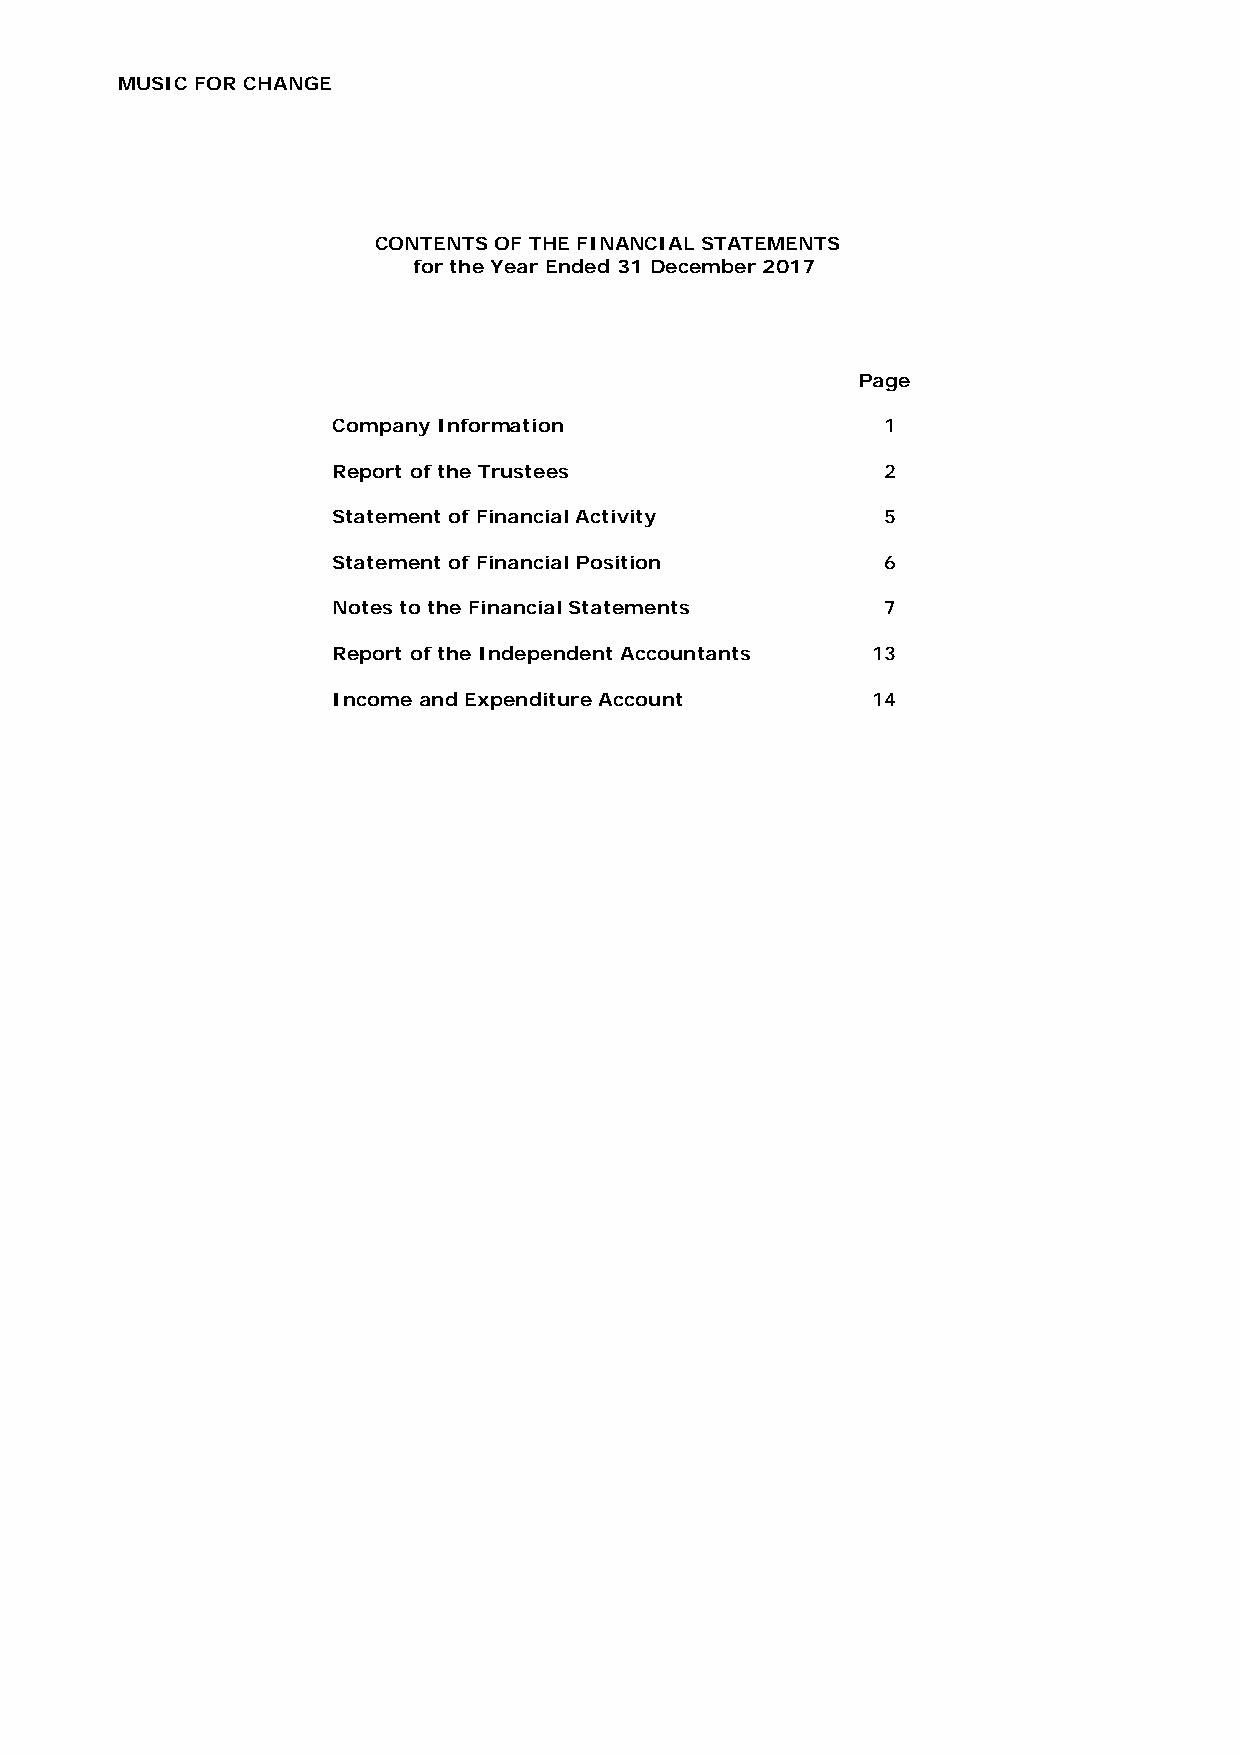
MUSIC FOR CHANGE
 CONTENTS OF THE FINANCIAL STATEMENTS
 for the Year Ended 31 December 2017
 Page
 Company Information                 1
 Report of the Trustees              2
 Statement of Financial Activity     5
 Statement of Financial Position     6
 Notes to the Financial Statements   7
 Report of the Independent Accountants 13
 Income and Expenditure Account      14